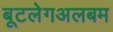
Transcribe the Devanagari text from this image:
बूटलेगअलबम